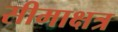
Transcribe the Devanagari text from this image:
सीमाक्षत्र